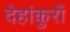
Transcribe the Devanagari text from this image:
देहांकुरों